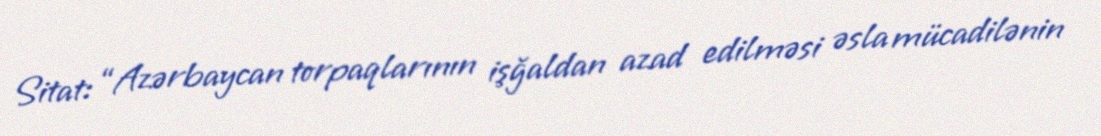
Sitat: “Azərbaycan torpaqlarının işğaldan azad edilməsi əsla mücadilənin